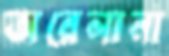
অরেলানা